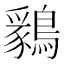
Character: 𪅊